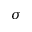
\sigma